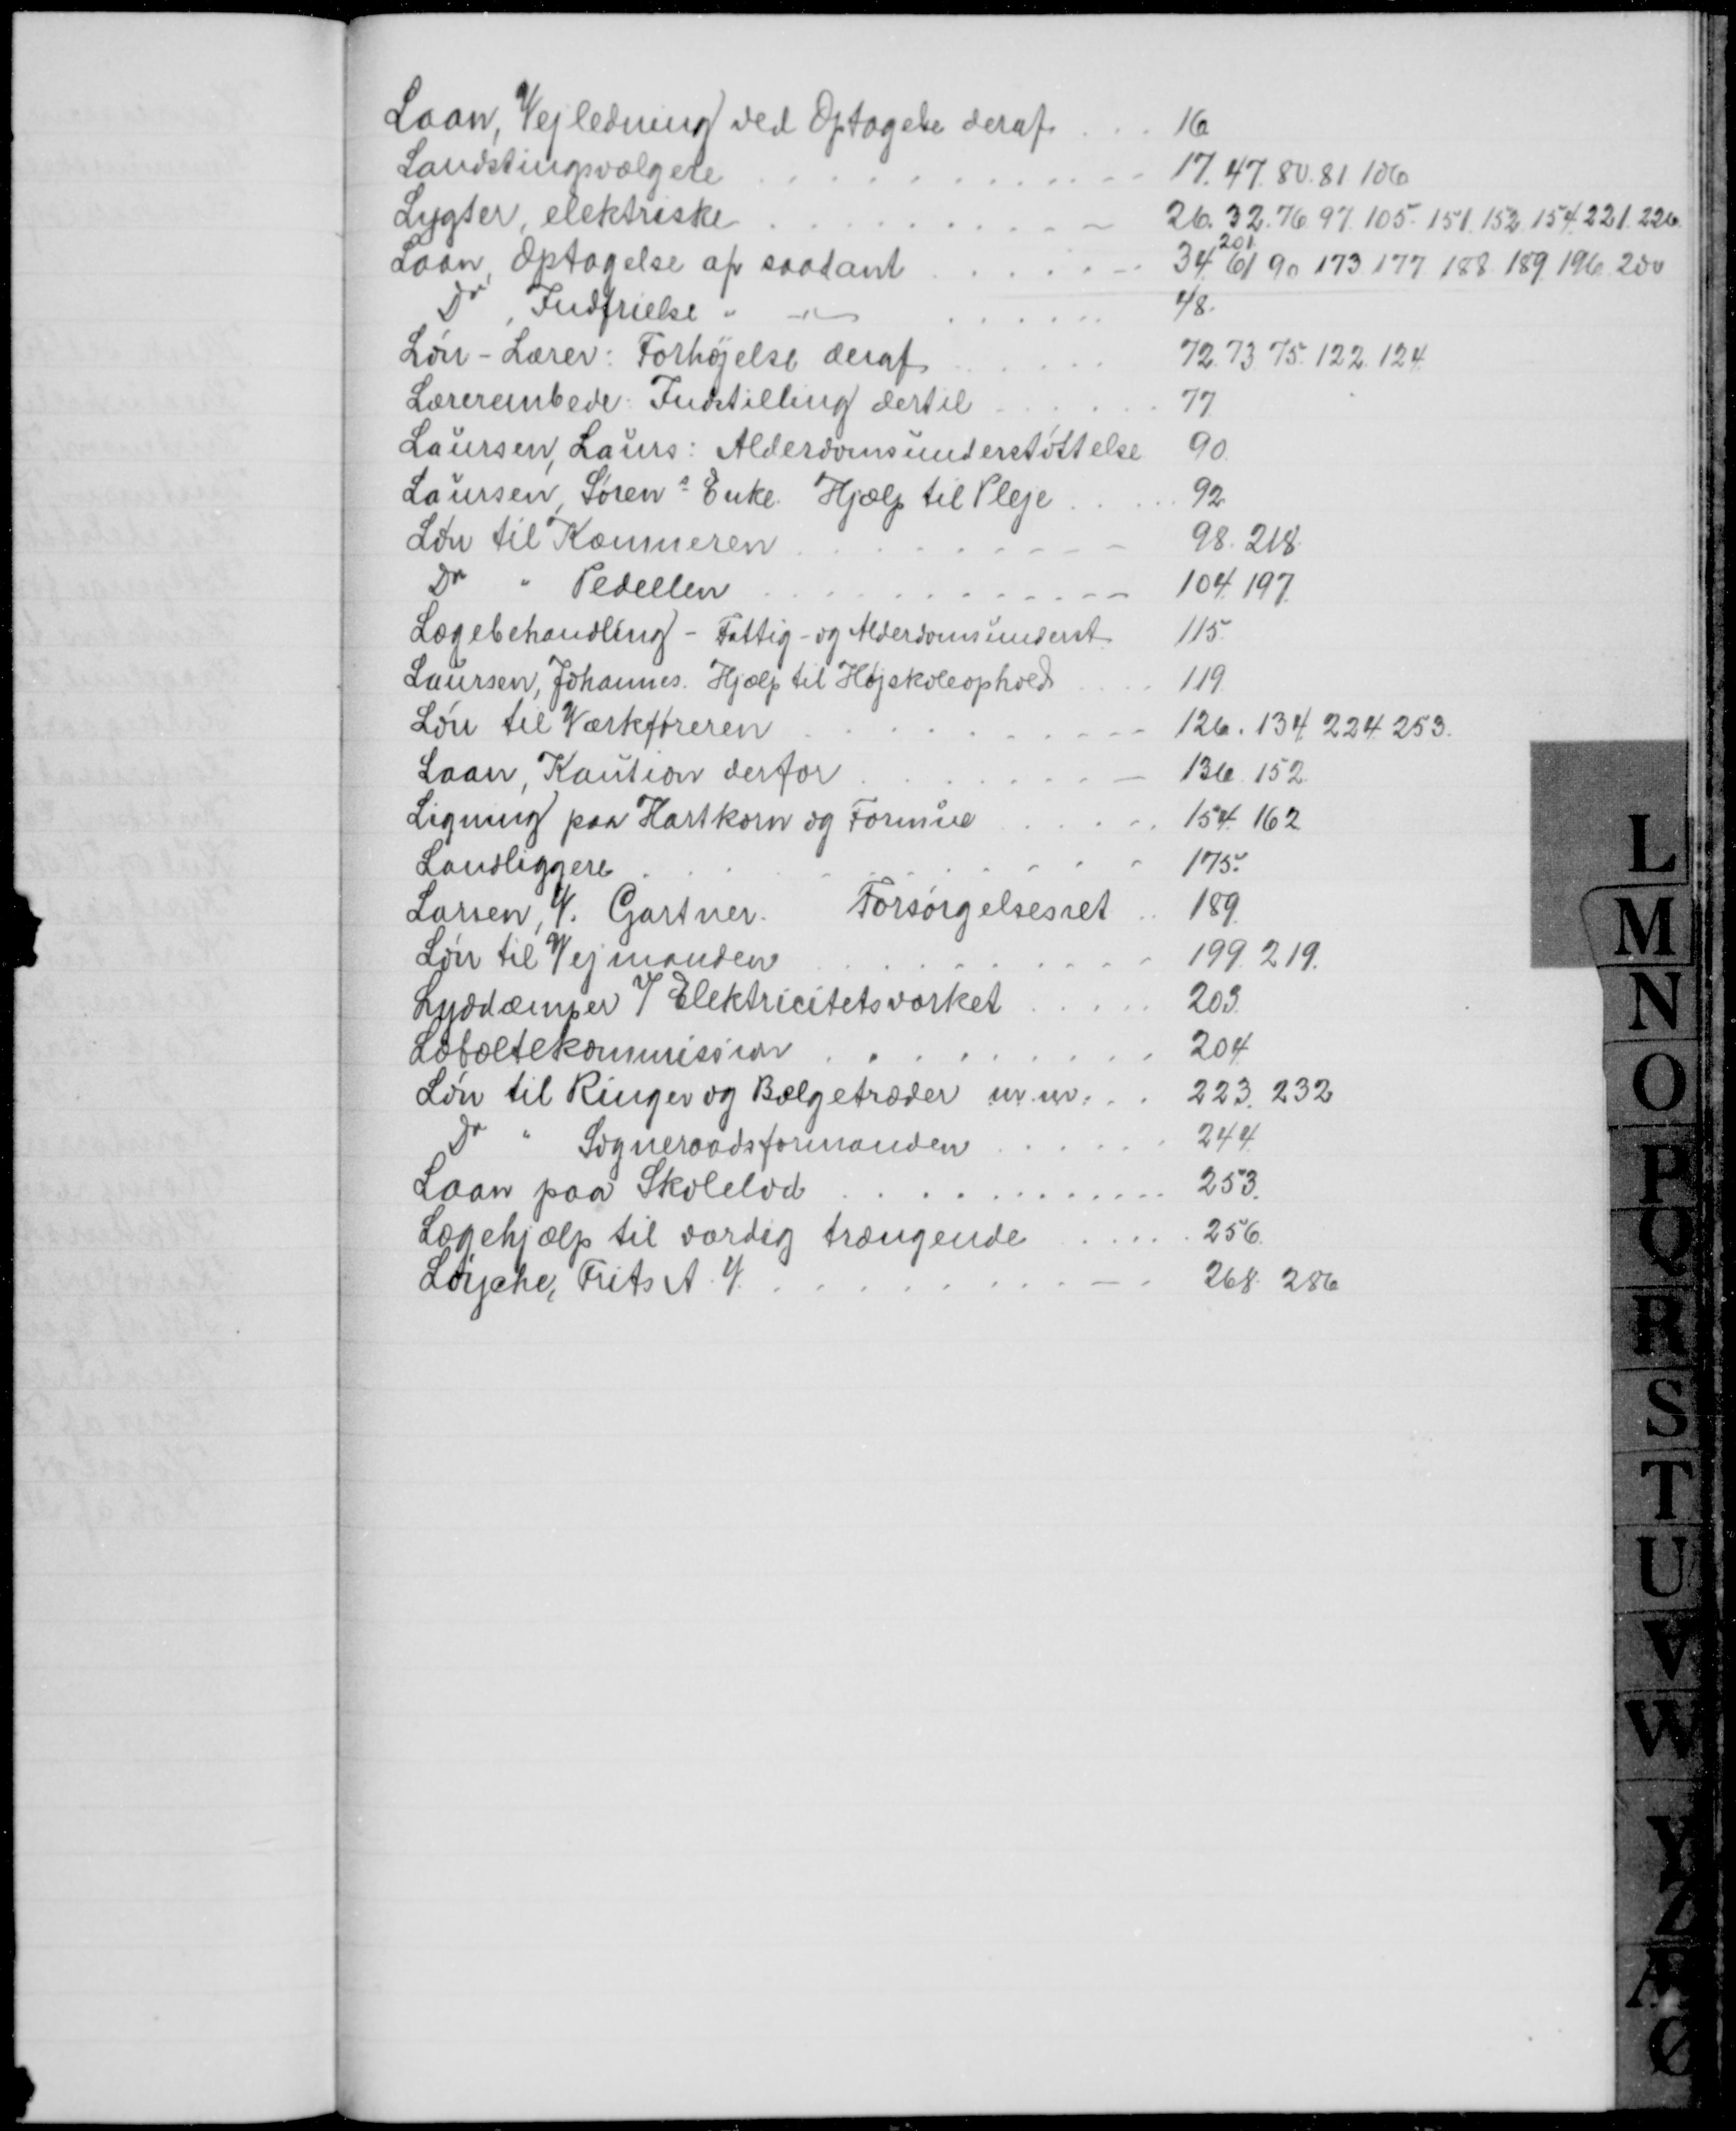
Transskription:
Laan, Vejledning ved Optagelse deraf
16
Landstingsvælgere
17.47.80. 81.106
Lygter elektriske
26. 32.76. 97. 105. 151. 152. 154. 221. 226
Laan, Optagelse af saadant
201
34. 61. 90. 173. 177. 188. 189. 196. 200
Do, Indfrielse 
48.
Løn - Lærer: Forhøjelse deraf
72. 73. 75. 122. 124
Lærerembede. Indstilling dertil
77
Laursen, Laurs: Alderdomsunderstøttelse
90
Laursen, Sørens Enke. Hjælp til Pleje
92
Løn til Kæmneren
98. 218.
Do
Pedellen
104. 197.
Lægebehandling - Fattig- og Alderdomsunderst
115
Laursen, Johannes. Hjælp til Højskoleophold
119
Løn til Værkføreren
126. 134. 224. 253.
Laan, Kaution derfor
136. 152
Ligning paa Hartkorn og Formue
154. 162.
Landliggere
175.
Larsen, V. Gartner.
Forsørgelsesret
189.
Løn til Vejmanden
199. 219.
Lyddæmmer v/ Elektricitetsværket
203
Læbæltekommission
204
Løn til Ringer og Bælgetræder m. m.
223. 232
Do
Sogneraadsformanden
244.
Laan paa Skolelod
253.
Lægehjælp til værdig trængende
256.
Løyche, Frits A. V.
268. 286